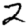
Digit: 2